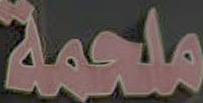
ملحمة